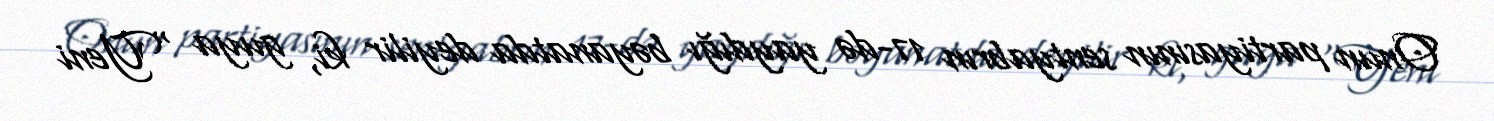
Onun partiyasının sentyabrın 17-də yaydığı bəyanatda deyilir ki, guya “Yeni